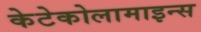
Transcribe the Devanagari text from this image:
केटेकोलामाइन्स